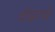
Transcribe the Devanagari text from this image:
दोहत्थे